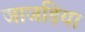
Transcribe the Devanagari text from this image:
जाजड़िया